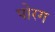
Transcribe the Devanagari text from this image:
पोरग